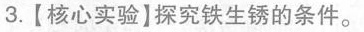
3.【核心实验】探究铁生锈的条件。